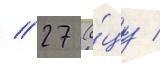
// 27 (о́цу /